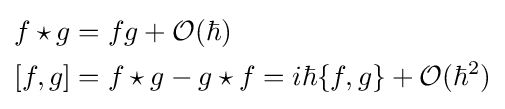
{\begin{aligned}f\star g&=fg+{\mathcal {O}}(\hbar )\\{}[f,g]&=f\star g-g\star f=i\hbar \{f,g\}+{\mathcal {O}}(\hbar ^{2})\end{aligned}}